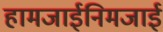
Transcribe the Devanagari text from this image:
हामजाईनिमजाई